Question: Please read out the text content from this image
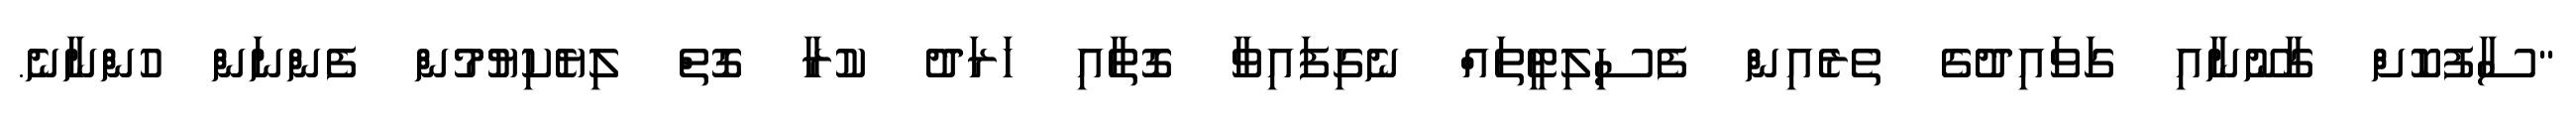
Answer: "ސާފުކޮށް ގާނޫނާއި ގަވައިދުގެ ތެރެއިން ފެސިލިޓީތައް ނެގިފައިވާ ގޮތާއި ހަރަދު ކުރާ ގޮތް ލިޔެކިޔުމުން ފެންނަން ހުންނާނެ.